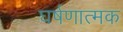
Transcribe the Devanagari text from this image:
घर्षणात्मक